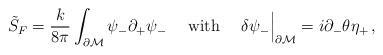
LaTeX: \begin{align*}\tilde{S}_{\tiny F}=\frac{k}{8\pi}\int_{\partial\cal M}\psi_{-}\partial_+\psi_{-}\ \ \ \ \mbox{with}\ \ \ \ \delta\psi_{-}\Big|_{\partial\cal M}=i\partial_{-}\theta\eta_{+}\,,\end{align*}